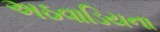
અઠવાડિયના